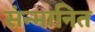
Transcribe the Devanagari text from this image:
संन्मानित